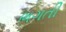
ભગતી